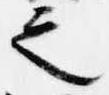
之